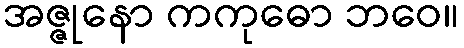
အဇ္ဇုနော ကကုဓော ဘဝေ။